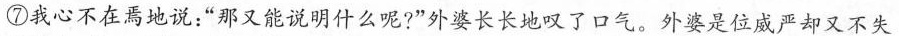
⑦我心不在焉地说：“那又能说明什么呢?”外婆长长地叹了口气。外婆是位威严却又不失